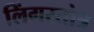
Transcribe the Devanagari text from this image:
लिंगस्तोत्र